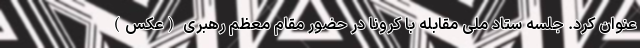
عنوان کرد. جلسه ستاد ملی مقابله با کرونا در حضور مقام معظم رهبری (عکس)